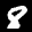
Label: 8